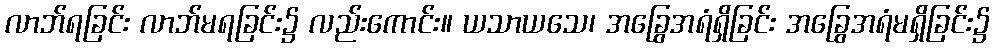
လာဘ်ရခြင်း လာဘ်မရခြင်း၌ လည်းကောင်း။ ယသာယသေ၊ အခြွေအရံရှိခြင်း အခြွေအရံမရှိခြင်း၌